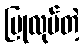
ပြုလုပ်တဲ့